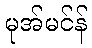
မုအ်မင်န်